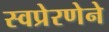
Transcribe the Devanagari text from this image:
स्वप्रेरणेने